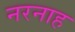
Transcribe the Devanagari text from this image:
नरनाह